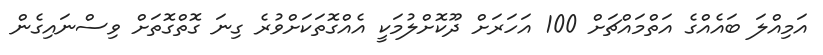
އަމިއްލަ ބައެއްގެ އަތްމައްޗަށް 100 އަހަރަށް ދޫކޮށްލުމަކީ އެއްގޮތަކަށްވުރެ ގިނަ ގޮތްގޮތަށް ވިސްނައިގެން